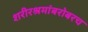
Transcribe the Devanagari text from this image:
शरीरश्रमांबरोबरच